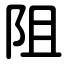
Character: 阻